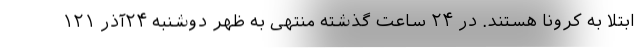
ابتلا به کرونا هستند. در ۲۴ ساعت گذشته منتهی به ظهر دوشنبه ۲۴آذر ۱۲۱